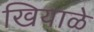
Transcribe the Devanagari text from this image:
खियाळे